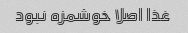
غذا اصلا خوشمزه نبود